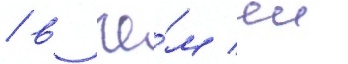
/ в че́м еи